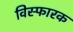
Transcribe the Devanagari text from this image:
विस्फारक